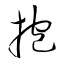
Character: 抱